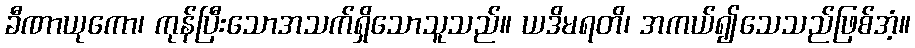
ခီဏာယုကော၊ ကုန်ပြီးသောအသက်ရှိသောသူသည်။ ယဒိမရတိ၊ အကယ်၍သေသည်ဖြစ်အံ့။